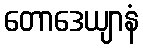
တောဒေယျာနံ